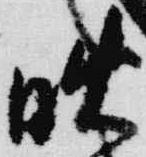
晩